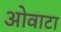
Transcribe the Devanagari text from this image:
ओवाटा